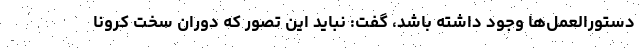
دستورالعمل‌ها وجود داشته باشد، گفت: نباید این تصور که دوران سخت کرونا